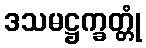
ဒသမဋ္ဌက္ခတ္တုံ